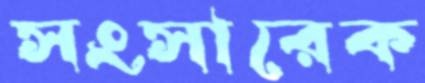
সংসারেক